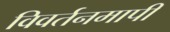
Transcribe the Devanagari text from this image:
विवर्तनमापी